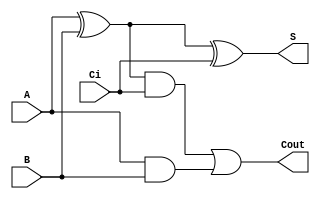
module sum1bcc_primitive (A, B, Ci,Cout,S);


  input  A;  // declaramos las entradas A, B ,Ci	
  input  B;//con el input podemos declarar 3 entradas y con output 2 salidas
  input  Ci;
  output Cout;  // Output ---> declara las salidas Cout y S
  output S;



  wire a_ab;    // wire ---> interconexion de las compuertas logicas 
  wire x_ab;
  wire cout_t;	
		 // se declaran las compuertas logicas que realizaran la operacion en las entradas.	

		//se declaran los cables que conectan las entradas, estamos declarando la interconexion de las compuertas logicas
  wire a_ab;
  wire x_ab;
  wire cout_t;
		//se declaran las compuertas logicas que realizan la operacion en las entradas del cable, su primer argumento es su salida, y los restantes sus entrada

  and(a_ab,A,B);
  xor(x_ab,A,B);

  xor(S,x_ab,Ci);
  and(cout_t,x_ab,Ci);

  or (Cout,cout_t,a_ab);
endmodule